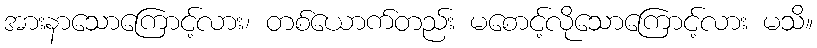
အားနာသောကြောင့်လား၊ တစ်ယောက်တည်း မစောင့်လိုသောကြောင့်လား မသိ။